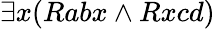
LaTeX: \exists x(Rabx\land Rxcd)